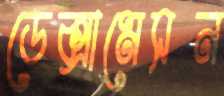
ডেক্সামেসন